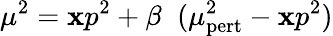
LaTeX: \mu^{2}=\mathbf{x}p^{2}+\beta\; \; (\mu_{\mathrm{{pert}}}^{2}-\mathbf{x}p^{2})